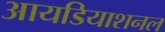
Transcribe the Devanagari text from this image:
आयडियाशनल